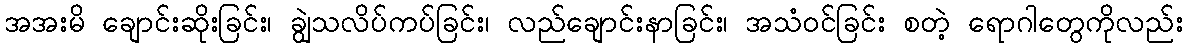
အအးမိ ချောင်းဆိုးခြင်း၊ ချွဲသလိပ်ကပ်ခြင်း၊ လည်ချောင်းနာခြင်း၊ အသံဝင်ခြင်း စတဲ့ ရောဂါတွေကိုလည်း